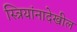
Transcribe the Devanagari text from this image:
स्त्रियांनादेखील